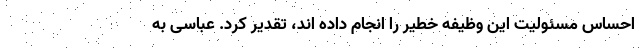
احساس مسئولیت این وظیفه خطیر را انجام داده اند، تقدیر کرد. عباسی به